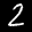
Label: 2